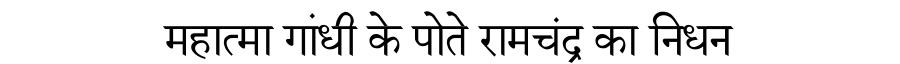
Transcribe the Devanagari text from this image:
महात्मा गांधी के पोते रामचंद्र का निधन